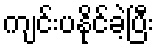
ကျင်းပနိုင်ခဲ့ပြီး